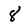
Character: 8